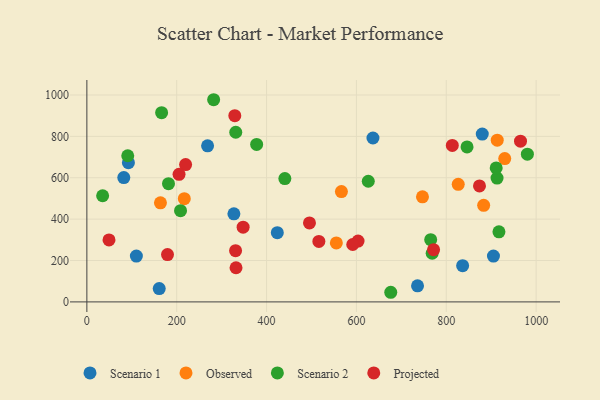
{"axis": {"x": "Engine Size", "y": "Yield"}, "legend": ["Observed", "Projected", "Scenario 1", "Scenario 2"], "data": [{"x": "92.5", "y": 673.1, "type": "Scenario 1"}, {"x": "636.8", "y": 792.0, "type": "Scenario 1"}, {"x": "880.1", "y": 811.0, "type": "Scenario 1"}, {"x": "423.9", "y": 334.6, "type": "Scenario 1"}, {"x": "268.7", "y": 754.4, "type": "Scenario 1"}, {"x": "161.1", "y": 64.4, "type": "Scenario 1"}, {"x": "836.4", "y": 175.3, "type": "Scenario 1"}, {"x": "110.2", "y": 221.3, "type": "Scenario 1"}, {"x": "736.0", "y": 77.8, "type": "Scenario 1"}, {"x": "327.3", "y": 425.6, "type": "Scenario 1"}, {"x": "82.2", "y": 600.7, "type": "Scenario 1"}, {"x": "905.0", "y": 221.5, "type": "Scenario 1"}, {"x": "163.8", "y": 479.0, "type": "Observed"}, {"x": "216.9", "y": 498.8, "type": "Observed"}, {"x": "826.6", "y": 568.2, "type": "Observed"}, {"x": "555.3", "y": 284.9, "type": "Observed"}, {"x": "747.0", "y": 507.6, "type": "Observed"}, {"x": "930.1", "y": 692.5, "type": "Observed"}, {"x": "566.6", "y": 533.1, "type": "Observed"}, {"x": "913.4", "y": 781.5, "type": "Observed"}, {"x": "883.2", "y": 466.6, "type": "Observed"}, {"x": "768.6", "y": 235.0, "type": "Scenario 2"}, {"x": "917.2", "y": 338.5, "type": "Scenario 2"}, {"x": "765.3", "y": 300.6, "type": "Scenario 2"}, {"x": "913.0", "y": 598.2, "type": "Scenario 2"}, {"x": "377.9", "y": 761.2, "type": "Scenario 2"}, {"x": "208.5", "y": 441.1, "type": "Scenario 2"}, {"x": "181.7", "y": 571.4, "type": "Scenario 2"}, {"x": "440.7", "y": 596.0, "type": "Scenario 2"}, {"x": "282.2", "y": 977.1, "type": "Scenario 2"}, {"x": "91.0", "y": 706.3, "type": "Scenario 2"}, {"x": "35.1", "y": 512.9, "type": "Scenario 2"}, {"x": "846.2", "y": 749.1, "type": "Scenario 2"}, {"x": "166.4", "y": 914.3, "type": "Scenario 2"}, {"x": "980.5", "y": 713.8, "type": "Scenario 2"}, {"x": "676.4", "y": 46.5, "type": "Scenario 2"}, {"x": "626.4", "y": 583.0, "type": "Scenario 2"}, {"x": "331.4", "y": 819.9, "type": "Scenario 2"}, {"x": "911.1", "y": 647.5, "type": "Scenario 2"}, {"x": "603.6", "y": 293.8, "type": "Projected"}, {"x": "329.3", "y": 899.9, "type": "Projected"}, {"x": "495.5", "y": 381.6, "type": "Projected"}, {"x": "49.3", "y": 299.7, "type": "Projected"}, {"x": "591.8", "y": 277.5, "type": "Projected"}, {"x": "516.4", "y": 292.5, "type": "Projected"}, {"x": "179.5", "y": 228.9, "type": "Projected"}, {"x": "347.8", "y": 361.3, "type": "Projected"}, {"x": "873.9", "y": 560.6, "type": "Projected"}, {"x": "331.0", "y": 247.4, "type": "Projected"}, {"x": "813.4", "y": 756.1, "type": "Projected"}, {"x": "219.8", "y": 663.9, "type": "Projected"}, {"x": "205.2", "y": 616.7, "type": "Projected"}, {"x": "771.7", "y": 252.2, "type": "Projected"}, {"x": "965.2", "y": 777.0, "type": "Projected"}, {"x": "332.0", "y": 165.1, "type": "Projected"}]}